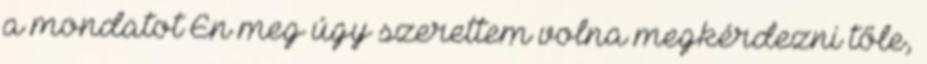
a mondatot Én meg úgy szerettem volna megkérdezni tőle,